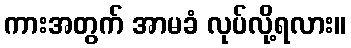
ကားအတွက် အာမခံ လုပ်လို့ရလား။